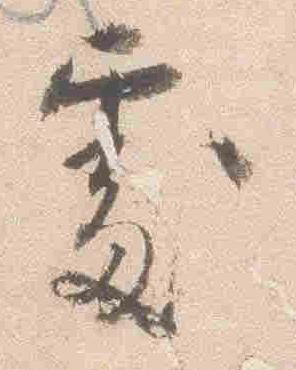
処